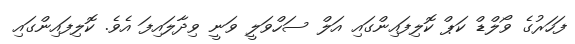
ފަހަރުގެ ވޯލްޑް ކަޕް ކޮލިފައިންގައި އަލް ސަހްވަލީ ވަނީ ވިދާލައިފަ އެވެ. ކޮލިފައިންގައި